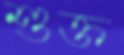
শুক্ত